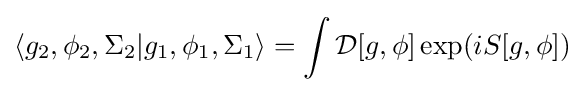
\langle g_{2},\phi _{2},\Sigma _{2}|g_{1},\phi _{1},\Sigma _{1}\rangle =\int {\mathcal {D}}[g,\phi ]\exp(iS[g,\phi ])